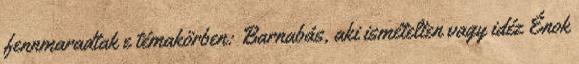
fennmaradtak e témakörben: Barnabás, aki ismételten vagy idéz Énok